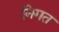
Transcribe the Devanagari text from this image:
निगत